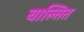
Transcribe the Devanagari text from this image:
बाल्तित